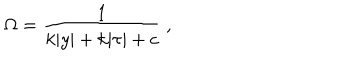
\Omega = { \frac { 1 } { \displaystyle { k | y | + k | \tau | + c } } } ~ , ~ \,